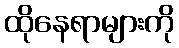
ထိုနေရာများကို